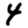
Digit: 4